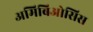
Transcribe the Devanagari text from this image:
अमिबिओसिस